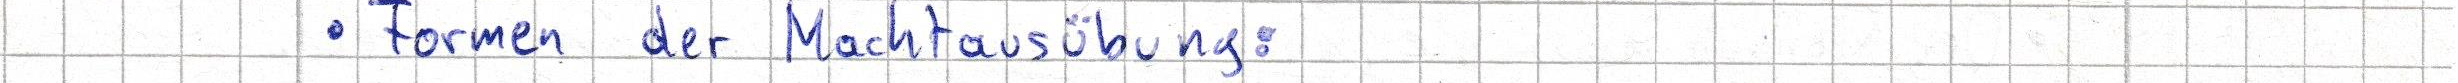
Formen der Machtausübung: